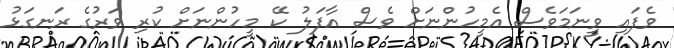
ވެފައި ވީނަމަވެސް އެމީހުންނަށް ވެސް އާފަލު ކޭ މީހުންނަށް ކުރި ވަރުގެ ރަނގަޅު